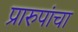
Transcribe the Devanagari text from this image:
प्रारुपांचा